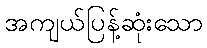
အကျယ်ပြန့်ဆုံးသော